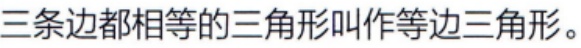
三条边都相等的三角形叫作等边三角形。